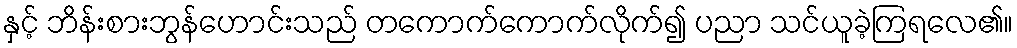
နှင့် ဘိန်းစားဘွန်ဟောင်းသည် တကောက်ကောက်လိုက်၍ ပညာ သင်ယူခဲ့ကြရလေ၏။